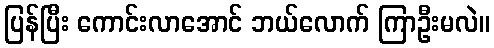
ပြန်ပြီး ကောင်းလာအောင် ဘယ်လောက် ကြာဦးမလဲ။